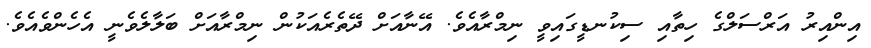
އިންއިރު އަރްސަލްގެ ހިތާއި ސިކުނޑީގައިވީ ނިމްރާއެވެ. އޭނާއަށް ދޭތެރެއަކުން ނިމްރާއަށް ބަލާލެވެނީ އެހެންވެއެވެ.